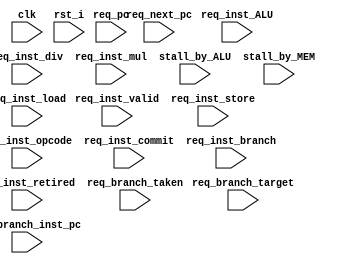
module riscv_HPC (
    
    clk, 
    rst_i,

    //Request information from pipline controller
    req_pc,
    req_next_pc,
    req_inst_opcode,
    req_inst_valid,
    
    
    //Not used in Project 3, Interface for future use.
      // Committed & retired instruction 
      req_inst_commit,
      req_inst_retired,
      //ALU bound instruction info.
      req_inst_ALU,
      req_inst_div,
      req_inst_mul,
      stall_by_ALU,
      //Memory bound instruction info. 
      req_inst_load,
      req_inst_store,
      stall_by_MEM,
      //Control flow bound instruction info. 
      req_inst_branch,
      req_branch_taken,
      req_branch_inst_pc,
      req_branch_target

);


    input        clk;
    input        rst_i;

    input [31:0] req_pc;
    input [31:0] req_next_pc;
    input [31:0] req_inst_opcode;
    input        req_inst_valid;

    input        req_inst_commit;
    input        req_inst_retired;

    input        req_inst_ALU;
    input        req_inst_div;
    input        req_inst_mul;
    input        stall_by_ALU;

    input        req_inst_load;
    input        req_inst_store;
    input        stall_by_MEM;

    input        req_inst_branch;
    input        req_branch_taken;
    input [31:0] req_branch_inst_pc;
    input [31:0] req_branch_target;
    
    
/*
Project 3
*/

    reg [31:0]  HPC_req_Rtype;
    reg [31:0]  HPC_req_Itype;
    reg [31:0]  HPC_req_Stype;
    reg [31:0]  HPC_req_Btype;
    reg [31:0]  HPC_req_Utype;
    reg [31:0]  HPC_req_Jtype;

    always @ (posedge clk or posedge rst_i)
    begin
        if (rst_i)
        begin
            HPC_req_Rtype <= 32'h0000_0000;
            HPC_req_Itype <= 32'h0000_0000;
            HPC_req_Stype <= 32'h0000_0000;
            HPC_req_Btype <= 32'h0000_0000;
            HPC_req_Utype <= 32'h0000_0000;
            HPC_req_Jtype <= 32'h0000_0000;
        end
        else if (req_inst_valid)
        begin
            if (req_inst_opcode[6:0] == 7'b0110011)
                HPC_req_Rtype <= HPC_req_Rtype + 32'd1;
            else if (req_inst_opcode[6:0] == 7'b1100111 || req_inst_opcode[6:0] == 7'b0000011 || req_inst_opcode[6:0] == 7'b0010011)
                HPC_req_Itype <= HPC_req_Itype + 32'd1;
            else if (req_inst_opcode[6:0] == 7'b0100011)
                HPC_req_Stype <= HPC_req_Stype + 32'd1;
            else if (req_inst_opcode[6:0] == 7'b1100011)
                HPC_req_Btype <= HPC_req_Btype + 32'd1;
            else if (req_inst_opcode[6:0] == 7'b0110111 || req_inst_opcode[6:0] == 7'b0010111)
                HPC_req_Utype <= HPC_req_Utype + 32'd1;
            else if (req_inst_opcode[6:0] == 7'b1101111)
                HPC_req_Jtype <= HPC_req_Jtype + 32'd1;
        end
    end

    
/*
Project 4
*/

    


endmodule